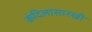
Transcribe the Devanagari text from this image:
कंदिलासारखी